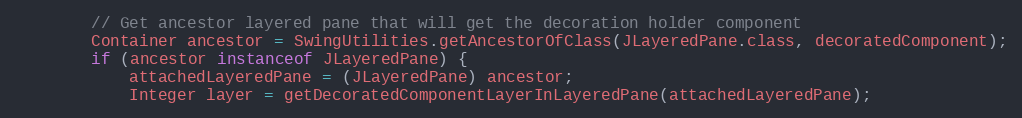
Language: Java
        // Get ancestor layered pane that will get the decoration holder component
        Container ancestor = SwingUtilities.getAncestorOfClass(JLayeredPane.class, decoratedComponent);
        if (ancestor instanceof JLayeredPane) {
            attachedLayeredPane = (JLayeredPane) ancestor;
            Integer layer = getDecoratedComponentLayerInLayeredPane(attachedLayeredPane);